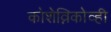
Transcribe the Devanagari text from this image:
कोशेव्निकोव्ही